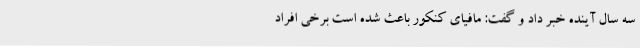
سه سال آینده خبر داد و گفت: مافیای کنکور باعث شده است برخی افراد